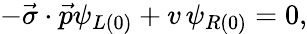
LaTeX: -\vec{\sigma}\cdot\vec{p}\psi_{L(0)}+v\, \psi_{R(0)}=0,